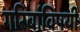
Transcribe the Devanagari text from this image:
गरिबांविषयी